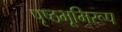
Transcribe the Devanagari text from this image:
पृष्ठभूमिरूप